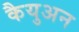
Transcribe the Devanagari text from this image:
कैयुअन